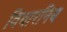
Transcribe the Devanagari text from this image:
विचारनिय